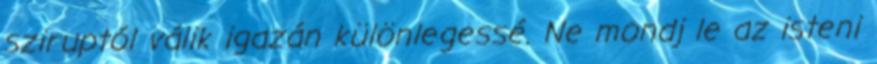
sziruptól válik igazán különlegessé. Ne mondj le az isteni